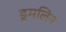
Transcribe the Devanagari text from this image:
ड्रमलिन